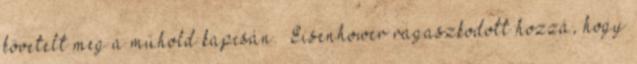
követelt meg a műhold kapcsán. „Eisenhower ragaszkodott hozzá, hogy